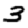
Digit: 3